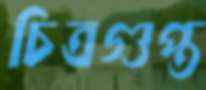
চিত্রগুপ্ত